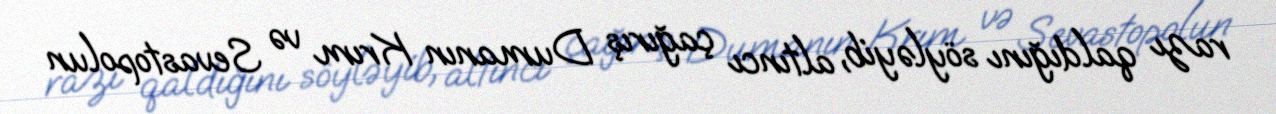
razı qaldığını söyləyib, altıncı çağırış Dumanın Krım və Sevastopolun